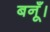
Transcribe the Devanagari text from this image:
बनूँ।